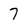
Character: 7